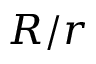
R / r